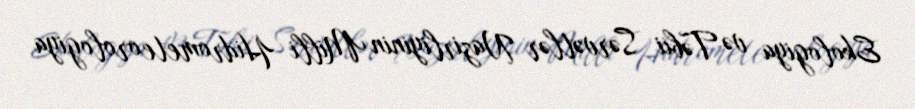
Ekologiya və Təbii Sərvətlər Nazirliyinin Milli Hidrometeorologiya